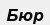
Бюр